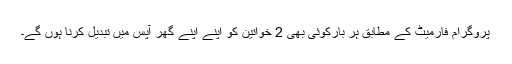
پروگرام فارمیٹ کے مطابق ہر بارکوئی بھی 2 خواتین کو اپنے اپنے گھر آپس میں تبدیل کرنا ہوں گے۔